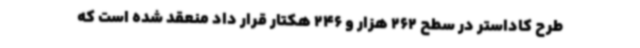
طرح کاداستر در سطح 262 هزار و 246 هکتار قرار داد منعقد شده است که